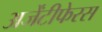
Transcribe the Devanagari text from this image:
अर्जेंटीफेरस